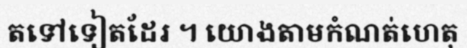
តទៅទៀតដែរ ។ យោងតាមកំណត់ហេតុ